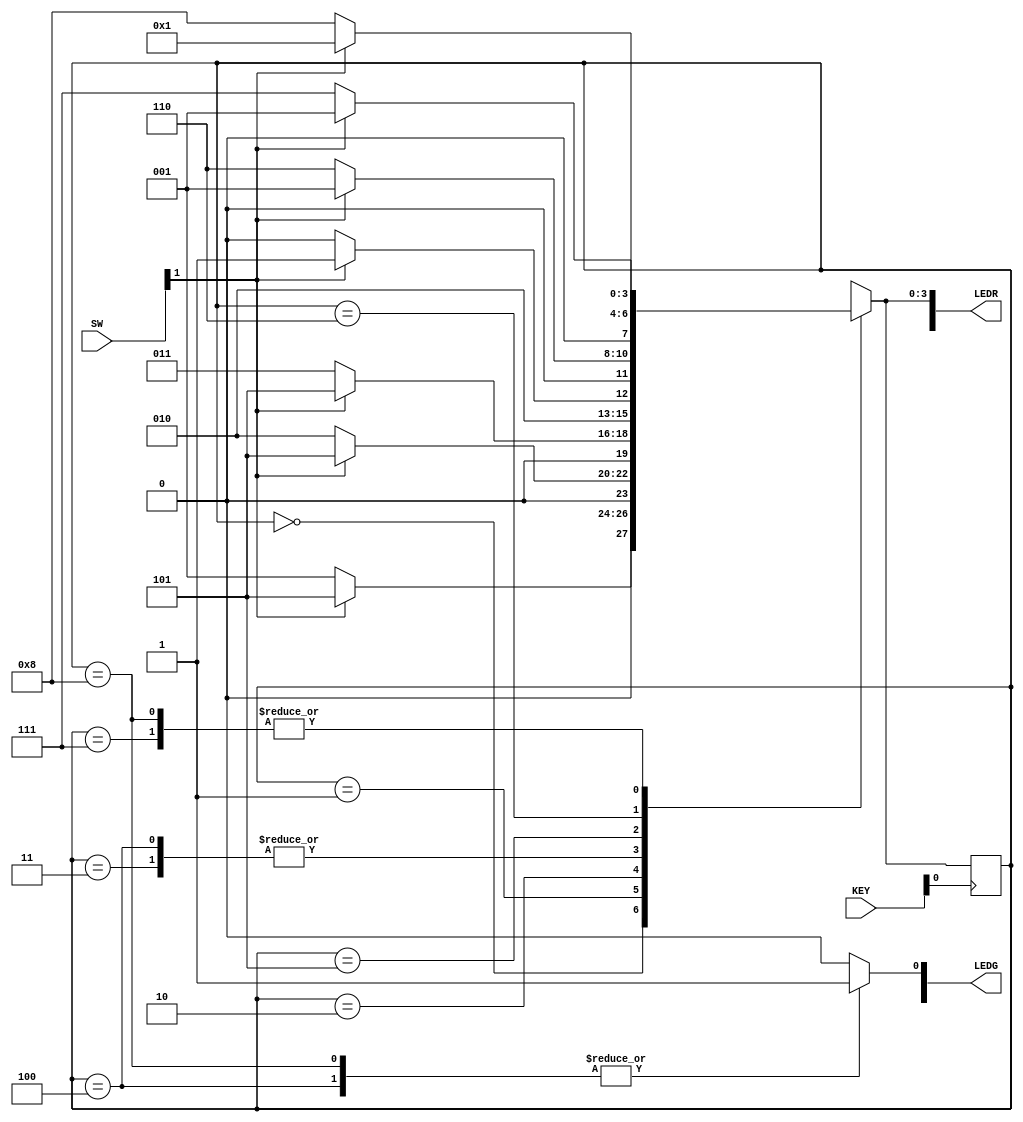
module lab7_2 (input [17:0] SW, input [3:0] KEY, output [17:0] LEDR, output [8:0] LEDG);

  wire w, Clk;
  reg z;
  
  assign w = SW[1];

  assign Clk = KEY[0];
  
  //assign LEDG[3:0] = y_Q;
  assign LEDR[3:0] = Y_D;

  assign LEDG[0] = z;

  reg [3:0] y_Q, Y_D; // y_Q represents current state, Y_D represents next state
  parameter A = 4'b0000, B = 4'b0001, C = 4'b0010, D = 4'b0011, E = 4'b0100, F = 4'b0101, G = 4'b0110, H = 4'b0111, I = 4'b1000;
  always @(w, y_Q)
  begin: state_table
    case (y_Q)
      A: Y_D = (!w)? B:F;
		B: Y_D = (!w)? C:F;
		C: Y_D = (!w)? D:F;
		D: Y_D = (!w)? E:F;
		E: Y_D = (!w)? E:F;
		F: Y_D = (!w)? G:B;
		G: Y_D = (!w)? H:B;
		H: Y_D = (!w)? I:B;
		I: Y_D = (!w)? I:B;
      default: Y_D = 4'bxxxx;
    endcase
  end // state_table
  
  always @(posedge Clk)
  begin: state_FFs
    y_Q = Y_D;
  end // state_FFS

  always 
  begin: zset
    case (y_Q)
      E: z = 1;
      I: z = 1;
      default: z = 0;
    endcase
  end

endmodule